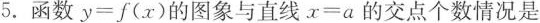
5.函数y=f(x)的图象与直线x=a的交点个数情况是